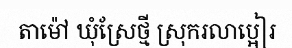
តាម៉ៅ ឃុំស្រែថ្មី ស្រុករលាប្អៀរ